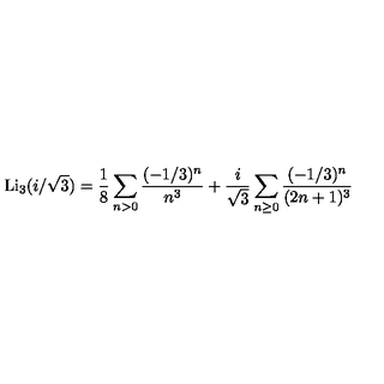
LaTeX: \mathrm { L i } _ { 3 } ( i / \sqrt 3 ) = \frac { 1 } { 8 } \sum _ { n > 0 } \frac { ( - 1 / 3 ) ^ { n } } { n ^ { 3 } } + \frac { i } { \sqrt 3 } \sum _ { n \ge 0 } \frac { ( - 1 / 3 ) ^ { n } } { ( 2 n + 1 ) ^ { 3 } }